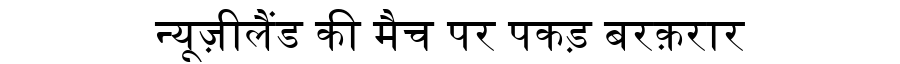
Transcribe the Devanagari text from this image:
न्यूज़ीलैंड की मैच पर पकड़ बरक़रार